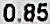
0.85